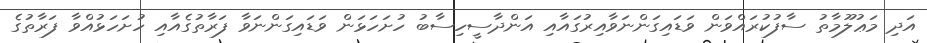
އަދި މަޢުލޫމާތު ސާފުކުރައްވަން ވަޑައިގަންނަވާއިރުގައާއި އަންދާސީހިސާބު ހުށަހަޅަން ވަޑައިގަންނަވާ ފަރާތުގެއާއި ހުށަހަޅުއްވާ ފަރާތުގެ